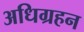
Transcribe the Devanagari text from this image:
अधिग्रहन